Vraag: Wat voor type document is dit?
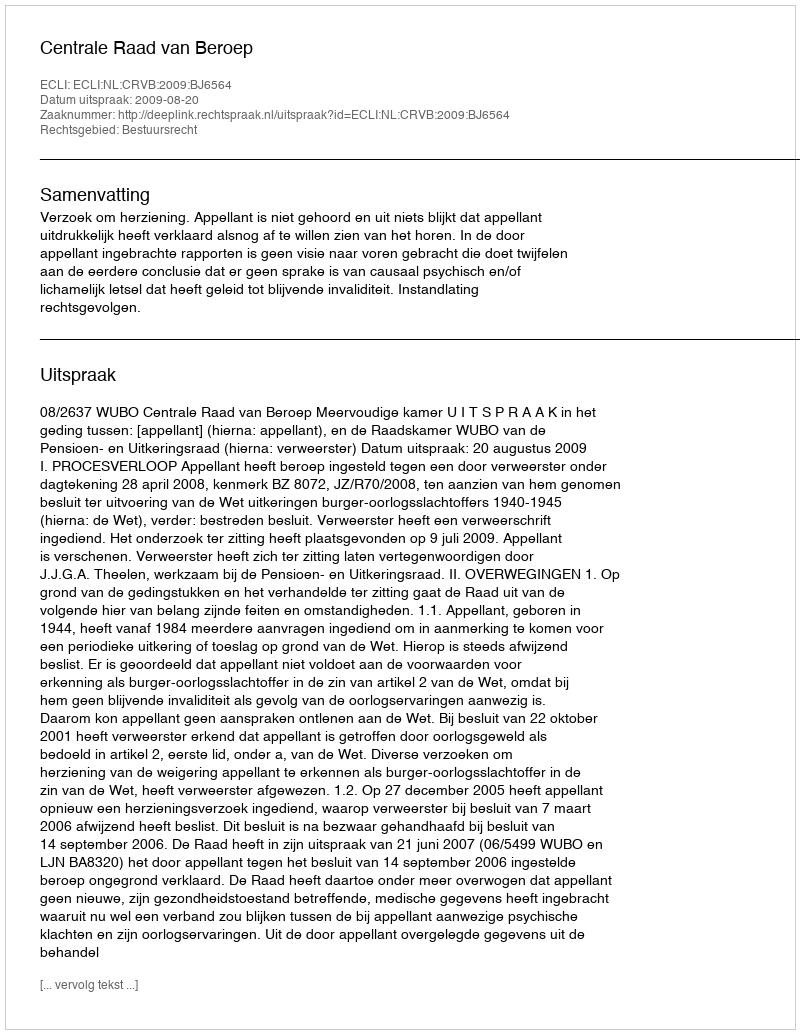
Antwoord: Uitspraak